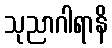
သုညာဂါရာနိ